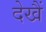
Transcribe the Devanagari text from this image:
देखैं